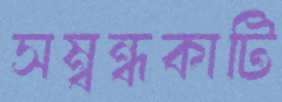
সম্বন্ধকাটি